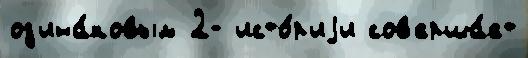
од'ина́ковым 2- исто́р'иjи сов'ерша́ет